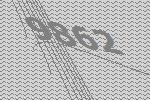
9862